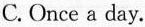
C.Once a day.